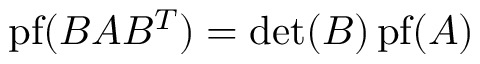
\operatorname { p f } ( B A B ^ { T } ) = \det ( B ) \operatorname { p f } ( A )